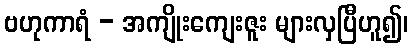
ဗဟုကာရံ - အကျိုးကျေးဇူး များလှပြီဟူ၍၊